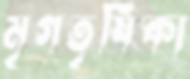
মৃগতৃষিকা